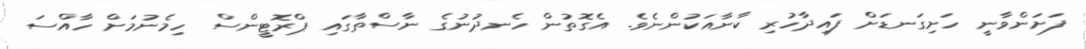
ފަށަންވާނީ ހަށިގަނޑަށް ފައިދާހުރި ކާނާއަކުންނެވެ. އެގޮތުން ހެނދުނުގެ ނާސްތާގައި ޕްރޮޓީންސް ހިމެނުމަށް ހާއްސަ